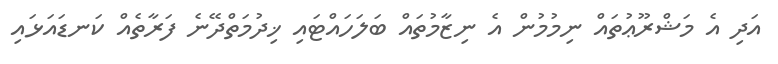
އަދި އެ މަޝްރޫޢުތައް ނިމުމުން އެ ނިޒާމުތައް ބަލަހައްޓައި ޚިދުމަތްދޭނެ ފަރާތެއް ކަނޑައަޅައި